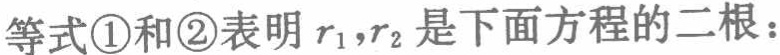
等式\textcircled{1}和\textcircled{2}表明 \(r_{1},r_{2}\) 是下面方程的二根：